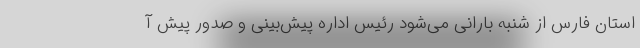
استان فارس از شنبه بارانی می‌شود رئیس اداره پیش‌بینی و صدور پیش آ